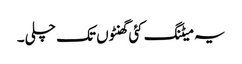
یہ میٹنگ کئی گھنٹوں تک چلی۔